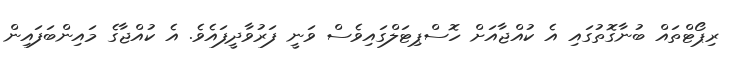
ރިޕޯޓްތައް ބުނާގޮތުގައި އެ ކުއްޖާއަށް ހޮސްޕިޓަލްގައިވެސް ވަނީ ފަރުވާދީފައެވެ. އެ ކުއްޖާގެ މައިންބަފައިން